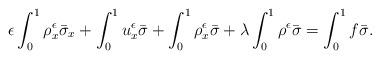
LaTeX: \begin{align*}\epsilon\int_{0}^{1}\rho^{\epsilon}_x\bar{\sigma}_x+\int_{0}^{1}u^{\epsilon}_x\bar{\sigma}+\int_{0}^{1}\rho^{\epsilon}_x\bar{\sigma}+\lambda\int_{0}^{1}\rho^{\epsilon}\bar{\sigma}=\int_{0}^{1}f\bar{\sigma}.\end{align*}